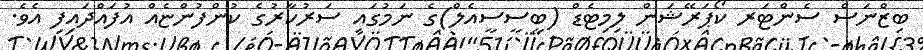
ބިޒްނަސް ސެންޓަރ ކޯޕަރޭޝަން ލިމިޓެޑް (ބީސީސީއެލް)ގެ ނަމުގައި ސަރުކާރުގެ ކުންފުންޏެއް އުފައްދައިފި އެވެ.